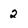
Character: 2